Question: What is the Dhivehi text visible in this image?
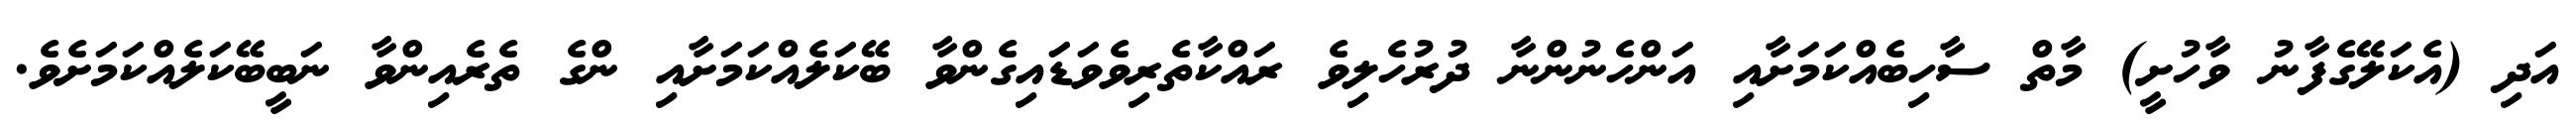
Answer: އަދި (އެކަލޭގެފާނު ވާހުށީ) މާތް ސާހިބެއްކަމަށާއި އަންހެނުންނާ ދުރުހެލިވެ ރައްކާތެރިވެވަޑައިގެންވާ ބޭކަލެއްކަމަށާއި ންގެ ތެރެއިންވާ ނަބީބޭކަލެއްކަމަށެވެ.